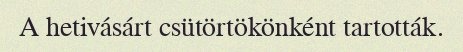
A hetivásárt csütörtökönként tartották.